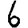
Digit: 6